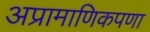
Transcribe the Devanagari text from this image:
अप्रामाणिकपणा